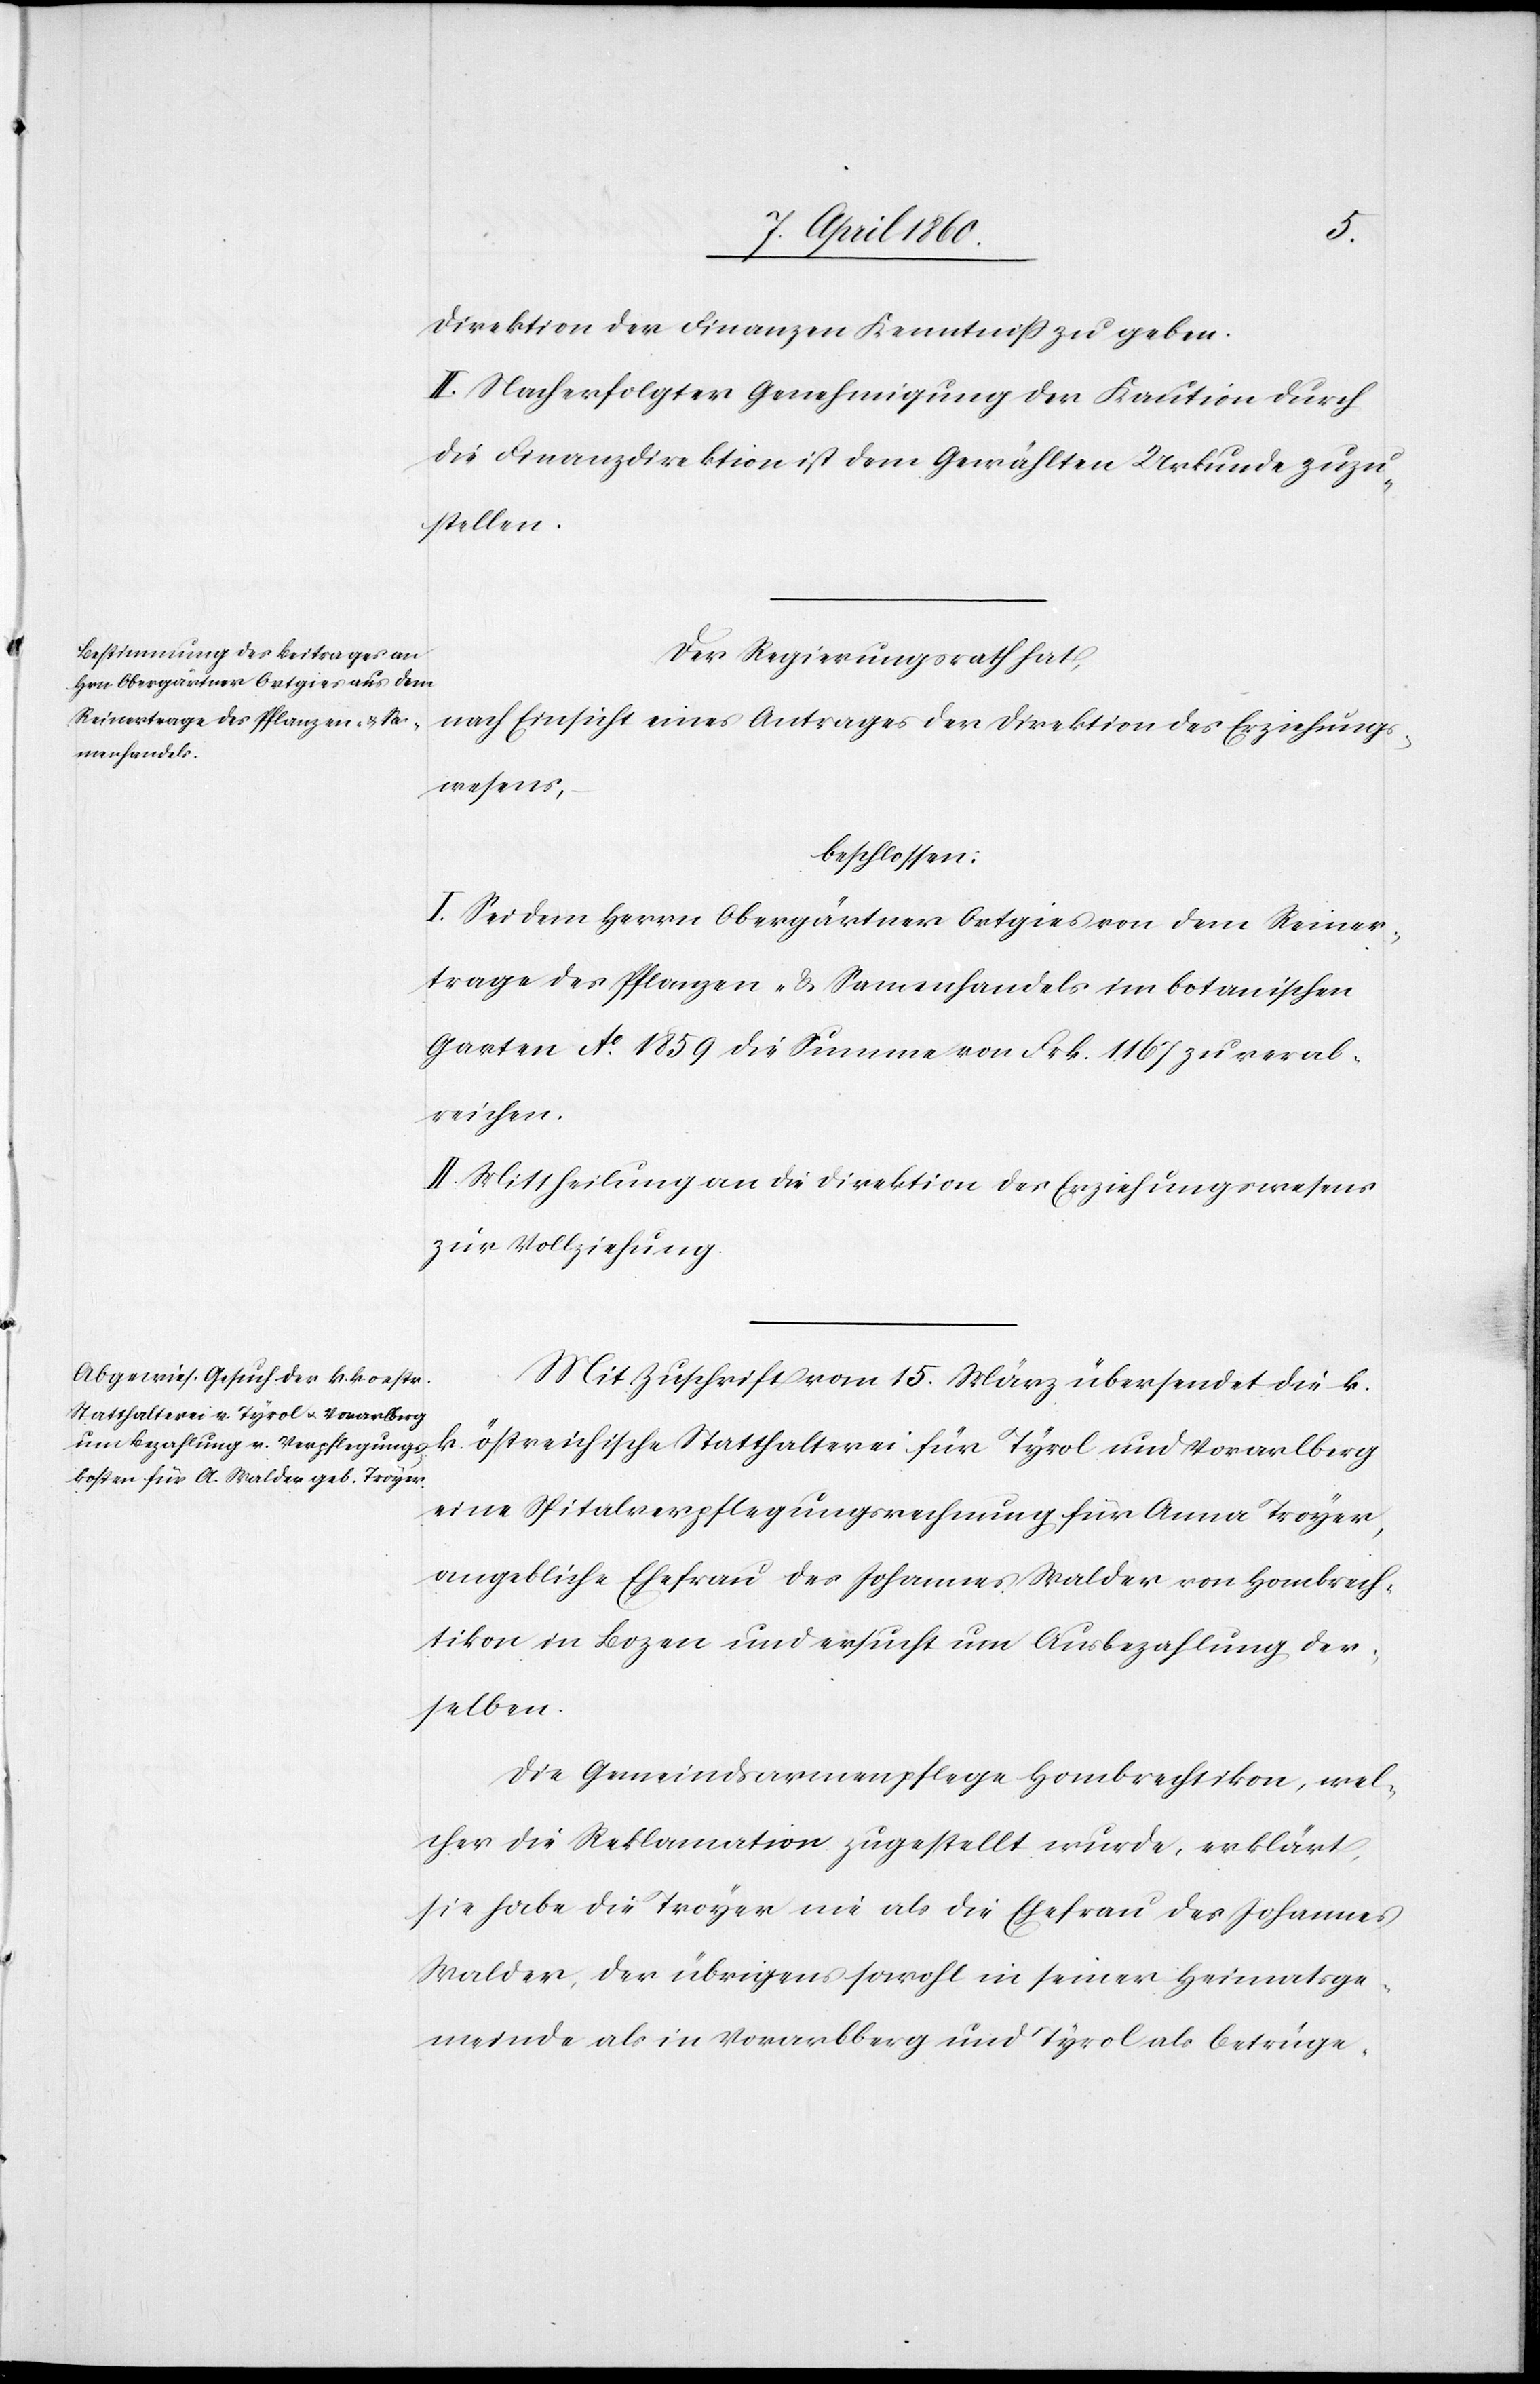
Direktion der Finanzen Kenntniss zu geben.
II. Nach erfolgter Genehmigung der Kaution durch
die Finanzdirektion ist dem Gewählten Urkunde zuzu¬
stellen.
Der Regierungsrath hat,
nach Einsicht eines Antrages der Direktion des Erziehungs¬
wesens,
beschlossen:
I. Sei dem Herrn Obergärtner Ortgies von dem Reiner¬
trage des Pflanzen- u. Samenhandels im botanischen
Garten No 1859 die Summe von Frk. 1167 zu verab¬
reichen.
II. Mittheilung an die Direktion des Erziehungswesens
zur Vollziehung.
Mit Zuschrift vom 15. März übersendet die k.
k. östreichische Statthalterei für Tyrol und Vorarlberg
eine Spitalverpflegungsrechnung für Anna Troyer,
angebliche Ehefrau des Johannes Walder von Hombrech¬
tikon in Bozen und ersucht um Ausbezahlung der¬
selben.
Die Gemeindsarmenpflege Hombrechtikon, wel¬
cher die Reklamation zugestellt wurde, erklärt,
sie habe die Troyer nie als die Ehefrau des Johannes
Walder, der übrigens sowohl in seiner Heimatsge¬
meinde als in Vorarlberg und Tyrol als betrüge-